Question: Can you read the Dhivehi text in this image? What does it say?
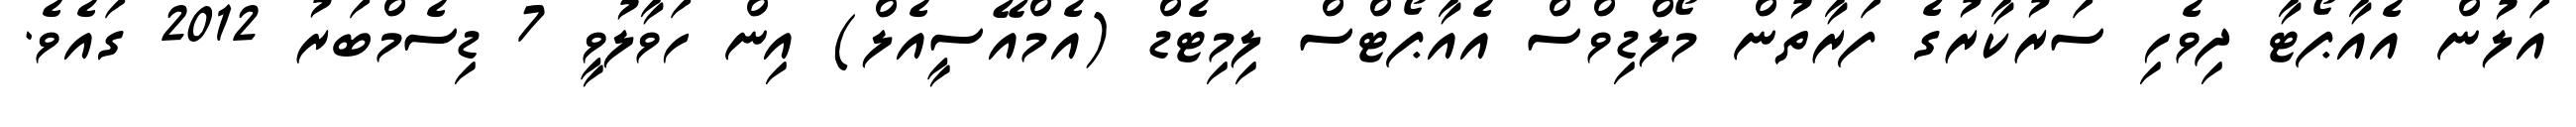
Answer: އަލުން އެއާޕޯޓާ ދިވެހި ސަރުކާރުގެ ފަރާތުން މޯލްޑިވްސް އެއާޕޯޓްސް ލިމިޓެޑް (އެމްއޭސީއެލް) އިން ހަވާލުވީ 7 ޑިސެމްބަރު 2012 ގައެވެ.